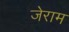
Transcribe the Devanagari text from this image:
जेराम